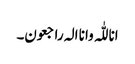
انا للّٰہ وانا الہ راجعون۔